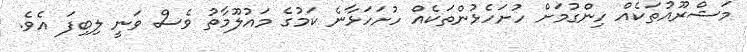
މަޝްރޫއުތަކެއް ހިންގުމަށް ހުށަހެޅުންތަކެއް ހުށަހަޅާނެ ކަމުގެ މައުލޫމާތު ވެސް ވަނީ ލިބިފަ އެވެ.